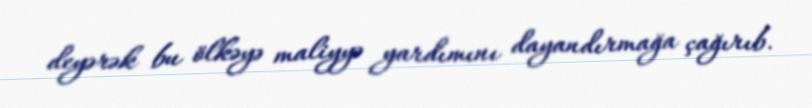
deyərək bu ölkəyə maliyyə yardımını dayandırmağa çağırıb.